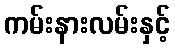
ကမ်းနားလမ်းနှင့်